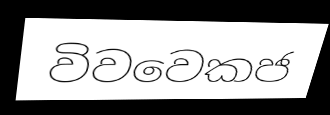
විවවෙකජ